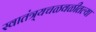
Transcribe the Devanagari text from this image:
स्वातंत्र्यचळवळीतल्या